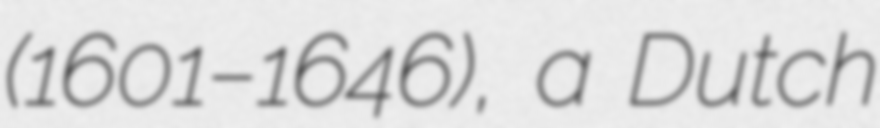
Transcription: (1601–1646), a Dutch